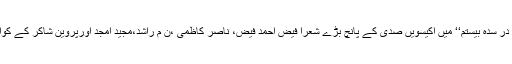
‘‘ ڈاکٹر وفایزدان منش نے اپنی کتاب’’ نوسرایان اردو در سدہ بیستم‘‘ میں اکیسویں صدی کے پانچ بڑے شعرا فیض احمد فیض، ناصر کاظمی ،ن م راشد،مجید امجد اورپروین شاکر کے کوائف اور شاعری کو فارسی زبان میں روشناس کیاہے۔